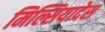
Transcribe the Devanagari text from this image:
मिल्सियादेस